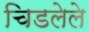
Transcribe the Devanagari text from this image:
चिडलेले